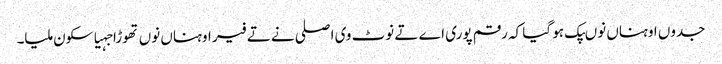
جدوں اوہناں نوںپک ہو گیا کہ رقم پوری اے تے نوٹ وی اصلی نے تے فیر اوہناں نوں تھوڑا جہیا سکون ملیا۔